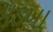
પડખા